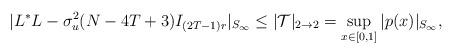
LaTeX: \begin{align*} |L^* L - \sigma_u^2(N-4T +3)I_{(2T-1)r}|_{S_\infty} \leq |\mathcal{T}|_{2 \to 2} = \sup \limits_{x \in [0,1]} |p(x)|_{S_\infty},\end{align*}